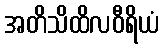
အတိသိထိလဝီရိယံ